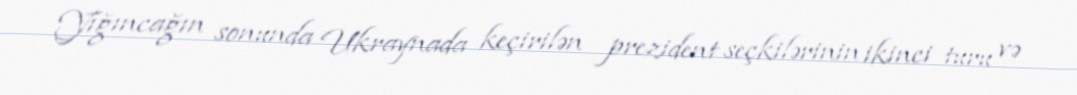
Yığıncağın sonunda Ukraynada keçirilən prezident seçkilərinin ikinci turu və